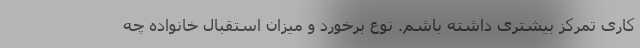
کاری تمرکز بیشتری داشته باشم. نوع برخورد و میزان استقبال خانواده چه